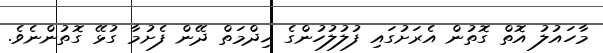
މާހައުލު އޮތް ގޮތުން އެރަށުގައި ފުލުލުހުންގެ ޚިދްމަތް ދޭން ފެށުމާ ގުޅޭ ގޮތުންނެވެ.